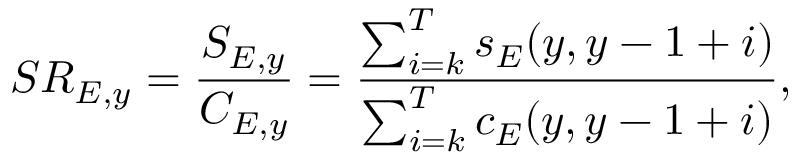
S R _ { E , y } = \frac { S _ { E , y } } { C _ { E , y } } = \frac { \sum _ { i = k } ^ { T } s _ { E } ( y , y - 1 + i ) } { \sum _ { i = k } ^ { T } c _ { E } ( y , y - 1 + i ) } ,